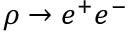
\rho \to e ^ { + } e ^ { - }